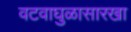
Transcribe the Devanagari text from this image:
वटवाघुळासारखा